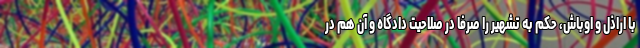
با اراذل و اوباش، حکم به تشهیر را صرفاً در صلاحیت دادگاه و آن هم در